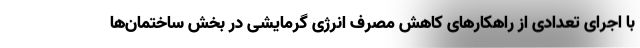
با اجرای تعدادی از راهکارهای کاهش مصرف انرژی گرمایشی در بخش ساختمان‌ها